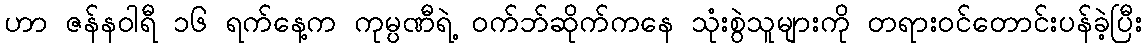
ဟာ ဇန်နဝါရီ ၁၆ ရက်နေ့က ကုမ္ပဏီရဲ့ ဝက်ဘ်ဆိုက်ကနေ သုံးစွဲသူများကို တရားဝင်တောင်းပန်ခဲ့ပြီး